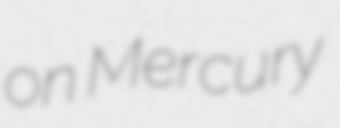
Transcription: on Mercury